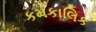
કમકાલિક